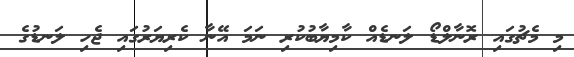
މި މެޗުގައި ރޮނާލްޑޯ ލަނޑެއް ކާމިޔާބުކުރި ނަމަ އޭނާ ކެރިޔަރުގައި ޖެހި ލަނޑުގެ